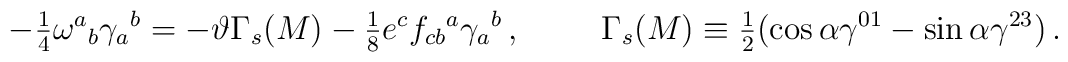
-{\textstyle\frac{1}{4}}\omega^{a}{}_{b} \gamma_{a}{}^{b}= -\vartheta\Gamma_{s}(M)-{\textstyle\frac{1}{8}} e^{c}f_{cb}{}^{a} \gamma_{a}{}^{b}\, ,\hspace{1cm}\Gamma_{s}(M) \equiv {\textstyle\frac{1}{2}}(\cos{\alpha} \gamma^{01} -\sin{\alpha}\gamma^{23})\, .